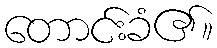
တောင်းခံ၏။